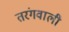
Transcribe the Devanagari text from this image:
तरंगवाली